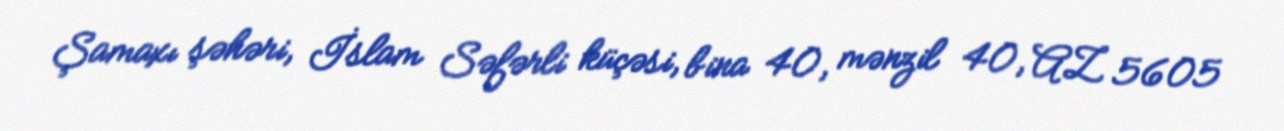
Şamaxı şəhəri, İslam Səfərli küçəsi, bina 40, mənzil 40, AZ 5605